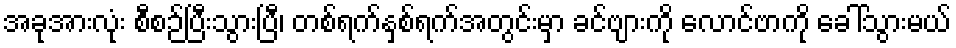
အခုအားလုံး စီစဉ်ပြီးသွားပြီ၊ တစ်ရက်နှစ်ရက်အတွင်းမှာ ခင်ဗျားကို လောင်ဗာကို ခေါ်သွားမယ်